system: You are a helpful assistant.
user:
Analyze the provided spectrum to determine if it is a **Carbon Star (C-type)**.

- **Key Visual Indicators of Carbon Star:**
    - **(Primary):** Strong molecular absorption from **C₂ (diatomic carbon) "Swan Bands."** This is the **defining feature** of a carbon star.
        - **(Key Bandheads):** Sharp absorption edges are visible at approximately $5635$ Å, $5165$ Å (the strongest band), and $4737$ Å.
        - **(Line Profile):** Creates a distinct **"saw-tooth"** pattern. The key morphology is a sharp, steep bandhead on the **red (long-wavelength) side**, which then gradually tapers off (i.e., flux recovers) towards the **blue (short-wavelength) side**. *(This is the direct opposite of the TiO bands seen in M-type stars)*.

    - **(Secondary):** Intense **CN (cyanogen)** molecular absorption bands.
        - **(Key Bandheads):** Located in the blue and violet regions of the spectrum (e.g., near $4215$ Å and $3883$ Å).
        - **(Morphology):** These bands are extremely broad and act as a "blanket," absorbing the vast majority of blue and violet light. This creates a characteristic **"cliff"** or **"steep drop-off"** in the spectrum's flux at short wavelengths.

    - **(Key Confirmation):** Strong **CH absorption band (G-band)**.
        - **(Key Bandhead):** Located around $4300$ Å. The contribution from CH molecules to this band is exceptionally strong.

    - **(Overall Spectrum):**
        - The continuum is severely "chopped up" by these deep molecular bands, especially C₂, rather than appearing as a smooth curve.
        - Due to the heavy CN and C₂ absorption in the blue-green, the vast majority of the star's flux is concentrated in the red part of the spectrum, giving the star its characteristic deep red color.

Think first, call **spectral_visualization_tool** if needed to examine features in detail, then provide your final answer. Your response must adhere to the following strict rules:
1.  **Overall Structure:** Your response must follow the format `<think>...</think> <tool_call>...</tool_call> (if a tool is used) <answer>...</answer>`.
2.  **Tool Usage Constraint:** You may only make **one** tool call per turn.
3.  **Final Answer Format:** In the `<answer>` tag, your conclusion must be inside a `\boxed{}` command (e.g., `\boxed{YES}`), followed by your justification.

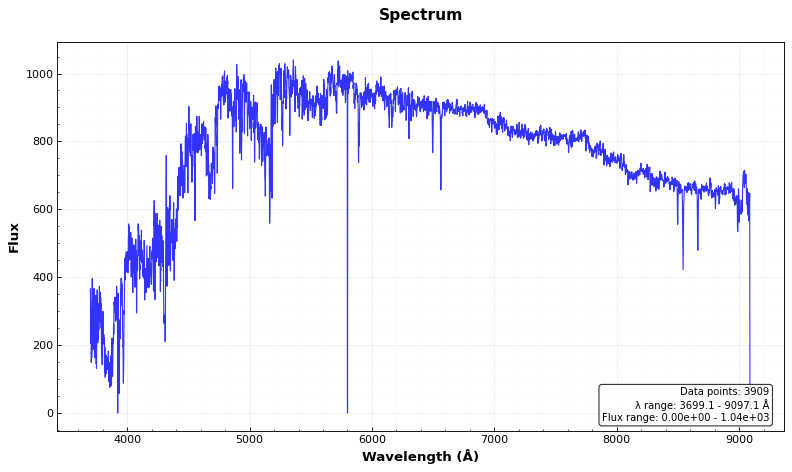
Answer: YES